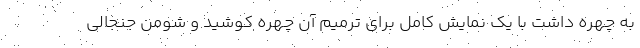
به چهره داشت با یک نمایش کامل برای ترمیم آن چهره کوشید و شومن جنجالی